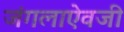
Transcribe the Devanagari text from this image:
जंगलाऐवजी